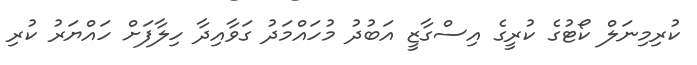
ކުރިމިނަލް ކޯޓުގެ ކުރީގެ އިސްގާޒީ އަބުދު މުހައްމަދު ގަވާއިދާ ހިލާފަށް ހައްޔަރު ކުރި